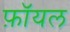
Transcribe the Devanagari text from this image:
फ़ॉयल